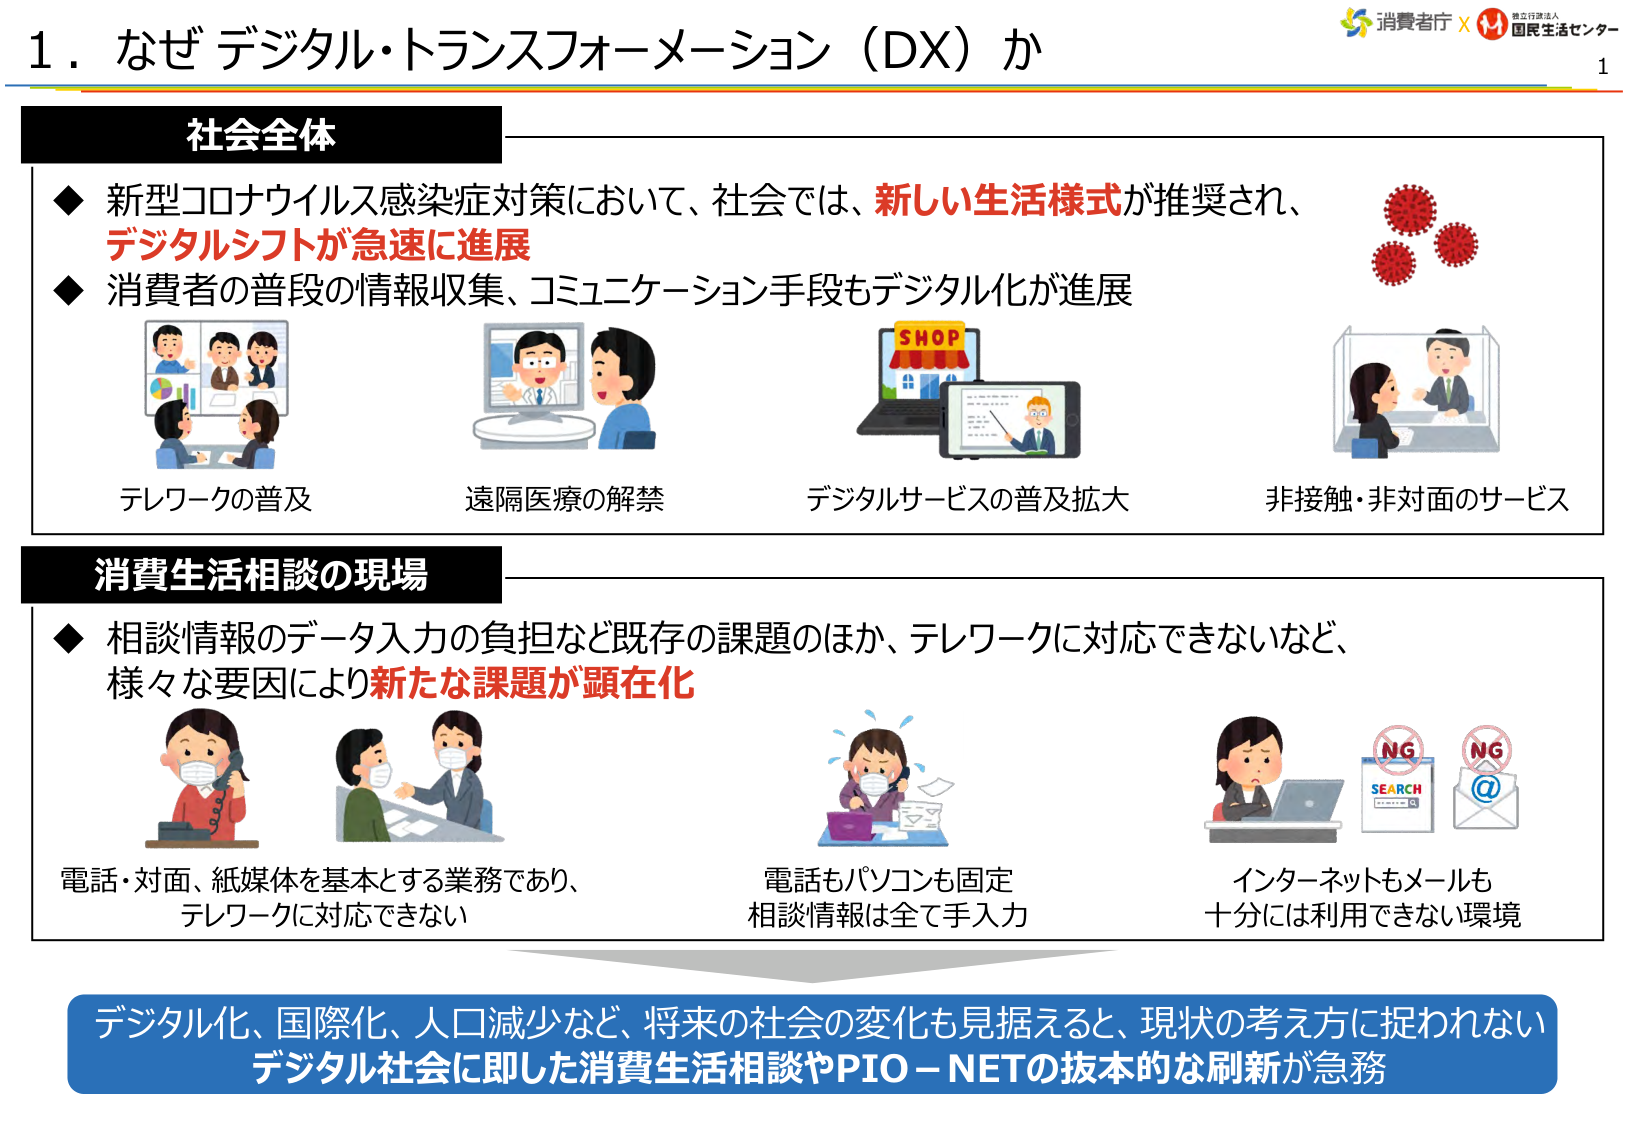
1. なぜデジタル・トランスフォーメーション（DX）か

社会全体
◆ 新型コロナウイルス感染症対策において、社会では、新しい生活様式が推奨され、デジタルシフトが急速に進展
◆ 消費者の普段の情報収集、コミュニケーション手段もデジタル化が進展

テレワークの普及
遠隔医療の解禁
デジタルサービスの普及拡大
非接触・非対面のサービス

消費生活相談の現場
◆ 相談情報のデータ入力の負担など既存の課題のほか、テレワークに対応できないなど、様々な要因により新たな課題が顕在化

電話・対面、紙媒体を基本とする業務であり、テレワークに対応できない
電話もパソコンも固定 相談情報は全て手入力
インターネットもメールも十分には利用できない環境

デジタル化、国際化、人口減少など、将来の社会の変化も見据えると、現状の考え方に捉われないデジタル社会に即した消費生活相談やPIO-NETの抜本的な刷新が急務

消費者庁 × 独立行政法人 国民生活センター
1